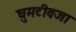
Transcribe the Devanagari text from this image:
घुमटीवजा